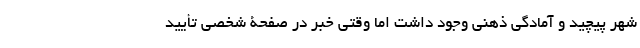
شهر پیچید و آمادگی ذهنی وجود داشت اما وقتی خبر در صفحۀ شخصی تأیید